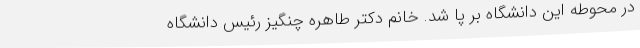
در محوطه این دانشگاه بر پا شد. خانم دکتر طاهره چنگیز رئیس دانشگاه